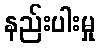
နည်းပါးမှု